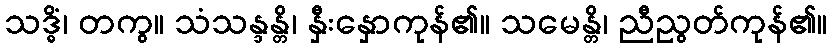
သဒ္ဓိံ၊ တကွ။ သံသန္ဒန္တိ၊ နှီးနှောကုန်၏။ သမေန္တိ၊ ညီညွတ်ကုန်၏။